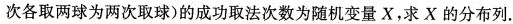
次各取两球为两次取球)的成功取法次数为随机变量X，求X的分布列.